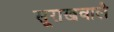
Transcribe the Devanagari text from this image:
सूराखवाले